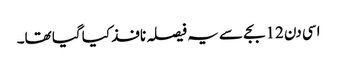
اسی دن 12 بجے سے یہ فیصلہ نافذ کیا گیا تھا۔